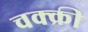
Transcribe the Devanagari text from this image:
चक्क्री